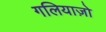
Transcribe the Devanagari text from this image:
गलियाज़ो